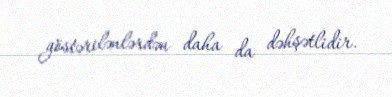
göstərilənlərdən daha da dəhşətlidir.